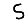
Digit: 5